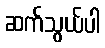
ဆက်သွယ်ပါ